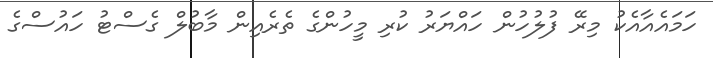
ހަމައެއާއެކު މިރޭ ފުލުހުން ހައްޔަރު ކުރި މީހުންގެ ތެރެއިން މާބުލް ގެސްޓު ހައުސްގެ